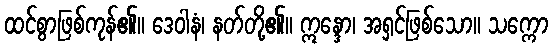
ထင်စွာဖြစ်ကုန်၏။ ဒေဝါနံ၊ နတ်တို့၏။ ဣန္ဒော၊ အရှင်ဖြစ်သော။ သက္ကော